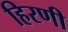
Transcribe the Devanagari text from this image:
हिरणी